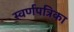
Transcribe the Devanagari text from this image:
स्वर्णपत्रिका